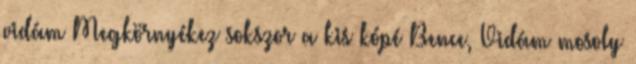
vidám Megkörnyékez sokszor a kis kópé Bence, Vidám mosoly